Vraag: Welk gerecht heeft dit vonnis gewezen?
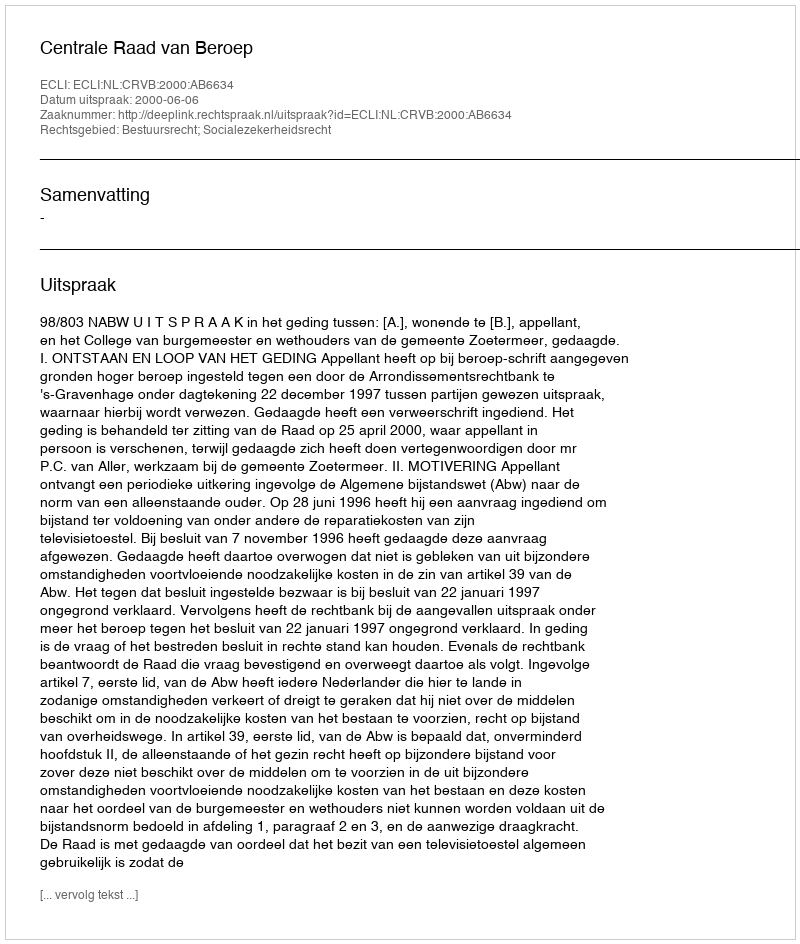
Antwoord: Centrale Raad van Beroep